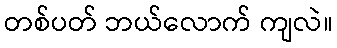
တစ်ပတ် ဘယ်လောက် ကျလဲ။